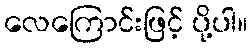
လေကြောင်းဖြင့် ပို့ပါ။